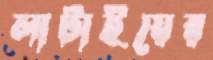
লাটাইয়ের